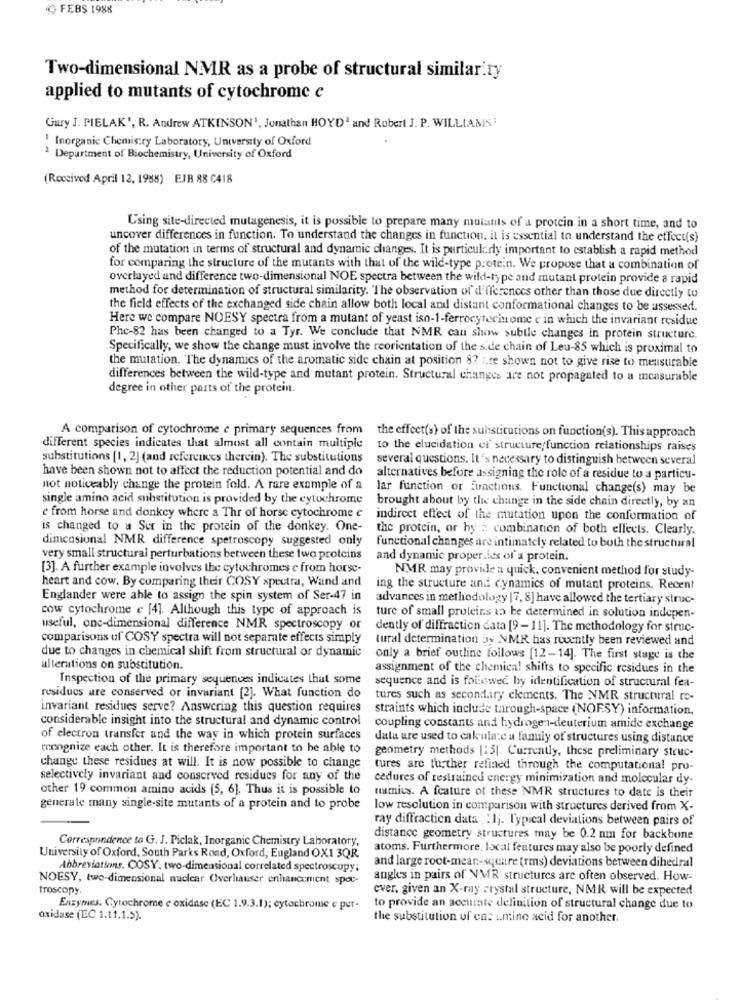
FEBS 1988
Two-dimensional NMR as a probe of structural similarity
applied to mutants of cytochrome c
Gury J. PIELAK', R. Andrew ATKINSON', Jonathan HOYD2 and Robert J. P. WILLIAMS:
! Inorganic Chemistry Laboratory, University of Oxford
2 Department of Biochemistry, University of Oxford
(Received April 12, 1988) EJR 88 C418
Using site-directed mutagenesis, it is possible to prepare many mutants of a protein in a short time, and to
uncover differences in function. To understand the changes in function. it is essential to understand the effect(s)
of the mutation in terms of structural and dynamic changes. It is particularly important to establish a rapid method
for comparing the structure of the mutants with that of the wild-type protein. We propose that a combination of
overlayed and difference two-dimensional NOE spectra between the wild-type and mutant protein provide a rapid
method for determination of structural similarity. The observation of differences other than those due directly to
the field effects of the exchanged side chain allow both local and distant conformational changes to be assessed.
Here we compare NOESY spectra from a mutant of yeast iso-1-ferrocytecinome e in which the invariant residue
Phe-82 has been changed to a Tyr. We conclude that NMR can show subtle changes in protein structure.
Specifically, we show the change must involve the reorientation of the side chain of Leu-85 which is proximal to
the mutation. The dynamics of the aromatic side chain at position 82 are shown not to give rise to mensurable
differences between the wild-type and mutant protein. Structural changes are not propagated to a measurable
degree in other parts of the protein.
A comparison of cytochrome e primary sequences from
the effect(s) of the substitutions on function(s). This approach
different species indicates that almost all contain multiple
to the elucidation ci' structure/function relationships raises
substitutions [1, 2] (and references therein). The substitutions
several questions. It's necessary to distinguish between several
have been shown not to affect the reduction potential and do
alternatives before assigning the role of a residue to a particu-
not noticeably change the protein fold. A rare example of a
lar function or functions. Functional change(s) may be
single amino acid substitution is provided by the cytochrome
brought about by the change in the side chain directly, by an
e from horse and donkey where a Thr of horse cytochrome c
indirect effect of the mutation upon the conformation of
is changed to a Ser in the protein of the donkey. One-
the protein, or hy z combination of both ellects. Clearly.
dimcasional NMR difference spetroscopy suggested only
functional changes are intimately related to both the structural
very small structural perturbations between these two proteins
and dynamic properties of a protein.
[3]. A further example involves the cytochromes e from horse-
NMR may provide a quick, convenient method for study-
heart and cow. By comparing their COSY spectra, Wand and
ing the structure and dynamics of mutant proteins. Recent
Englander were able to assign the spin system of Ser-47 in
advances in methodology |7, 8] have allowed the tertiary struc-
cow cytochrome e [4]. Although this type of approach is
ture of small proteins as be determined in solution indepen-
useful, one-dimensional difference NMR spectroscopy or
dently of diffraction data [9-11). The methodology for struc-
comparisons uf COSY spectra will not separate effects simply
tural determination by NMR has recently been reviewed and
due to changes in chemical shift from structural or dynamic
only a brief outline follows [12-14]. The first stage is the
alterations on substitution.
assignment of the chemical shifts to specific residues in the
Inspection of the primary sequences indicates that some
sequence and is followed by identification of structural fea-
residuos ure conserved or invariant [2]. What function do
tures such as secondary clements. The NMR structural ro-
invariant residues serve? Answering this question requires
straints which include through-space (NOF.SY) information,
considerable insight into the structural and dynamic control
coupling constants and hydrogen-deuterium amide exchange
of electron transfer and the way in which protein surfaces
dala are used to calcula:e a family of structures using distance
mongnize each other. It is therefore important to be able to
geometry methods [:5]. Currently, these preliminary struc-
change these residues at will. It is now possible to change
tures are further refined through the computational pro-
selectively invariant and conserved residues for any of the
cedures of restrained energy minimization and molecular dy-
other 19 common amino acids (5, 6]. Thus it is possible to
tamics. A feature of these NMR structures to date is their
generate many single-site mutants of a protein and to probe
low resolution in comparison with structures derived from X-
ray diffraction data :Ij. Typical deviations between pairs of
Correspondence to G. J. Piclak, Inorganic Chemistry Laboratory,
distance geometry structures may be 0.2 nm for backbone
atoms. Furthermore, local features may also be poorly defined
University of Oxford, South Parks Rond, Oxford, Eugland OX1 3QR.
and large root-mean-square (rms) deviations between dihedral
Abbreviations. COSY, two-dimensional correlated spectroscopy;
NOESY, two-dimensional nuclear Overhauser enhancement spec-
angles in pairs of VMR structures are often observed. How-
troscopy.
ever, given an X-ray crystal structure, NMR will be expected
Enzymes. Cytochrome c oxidase (EC 1.9.3.1); cytochrome e pur-
to provide an accurate definition of structural change due to
oxidase (EC 1.11.1.5).
the substitution of cas i.mine acid for another.